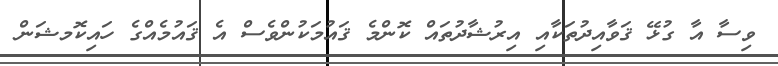
ވިސާ އާ ގުޅޭ ޤަވާއިދުތަކާއި އިރުޝާދުތައް ކޮންމެ ޤައުމަކުންވެސް އެ ޤައުމެއްގެ ހައިކޮމޝަން